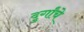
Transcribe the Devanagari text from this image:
दुर्गांचे